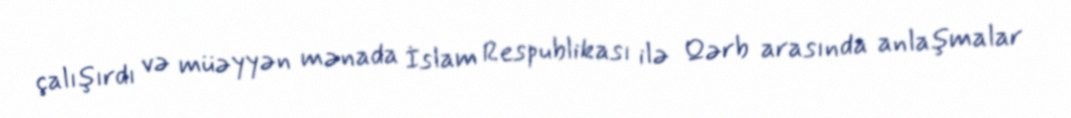
çalışırdı və müəyyən mənada İslam Respublikası ilə Qərb arasında anlaşmalar